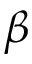
\beta